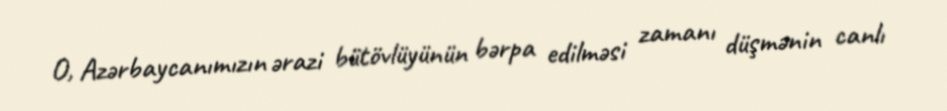
O, Azərbaycanımızın ərazi bütövlüyünün bərpa edilməsi zamanı düşmənin canlı